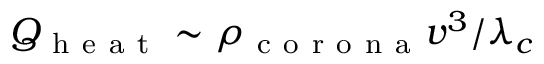
Q _ { \mathrm { ~ h ~ e ~ a ~ t ~ } } \sim \rho _ { \mathrm { ~ c ~ o ~ r ~ o ~ n ~ a ~ } } v ^ { 3 } / \lambda _ { c }